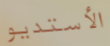
الأستديو